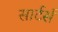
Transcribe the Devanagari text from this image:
सार्टर्स